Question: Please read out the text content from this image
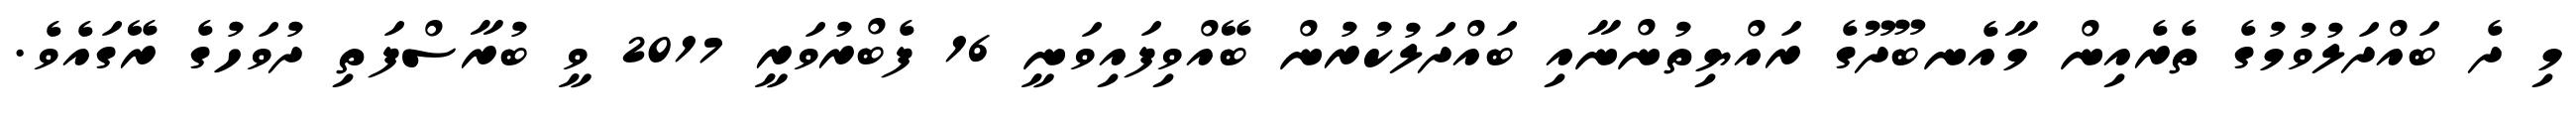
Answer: މި ދެ ބައްދަލުވުމުގެ ތެރެއިން މާއެނބޫދޫގެ ރައްޔިތުންނާއި ބައްދަލުކުރުން ބޭއްވިފައިވަނީ 16 ފެބްރުވަރީ 2017 ވީ ބުރާސްފަތި ދުވަހުގެ ރޭގައެވެ.